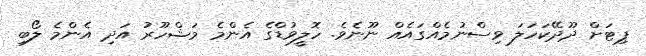
ޕިޓަށް ދޫދޭކަހަލަ ވިސްނުމެއްގައެއް ނޫނެވެ. ހޮލީވުޑްގެ އެންމެ މަޝްހޫރު އަދި އެންމެ ލޯބި